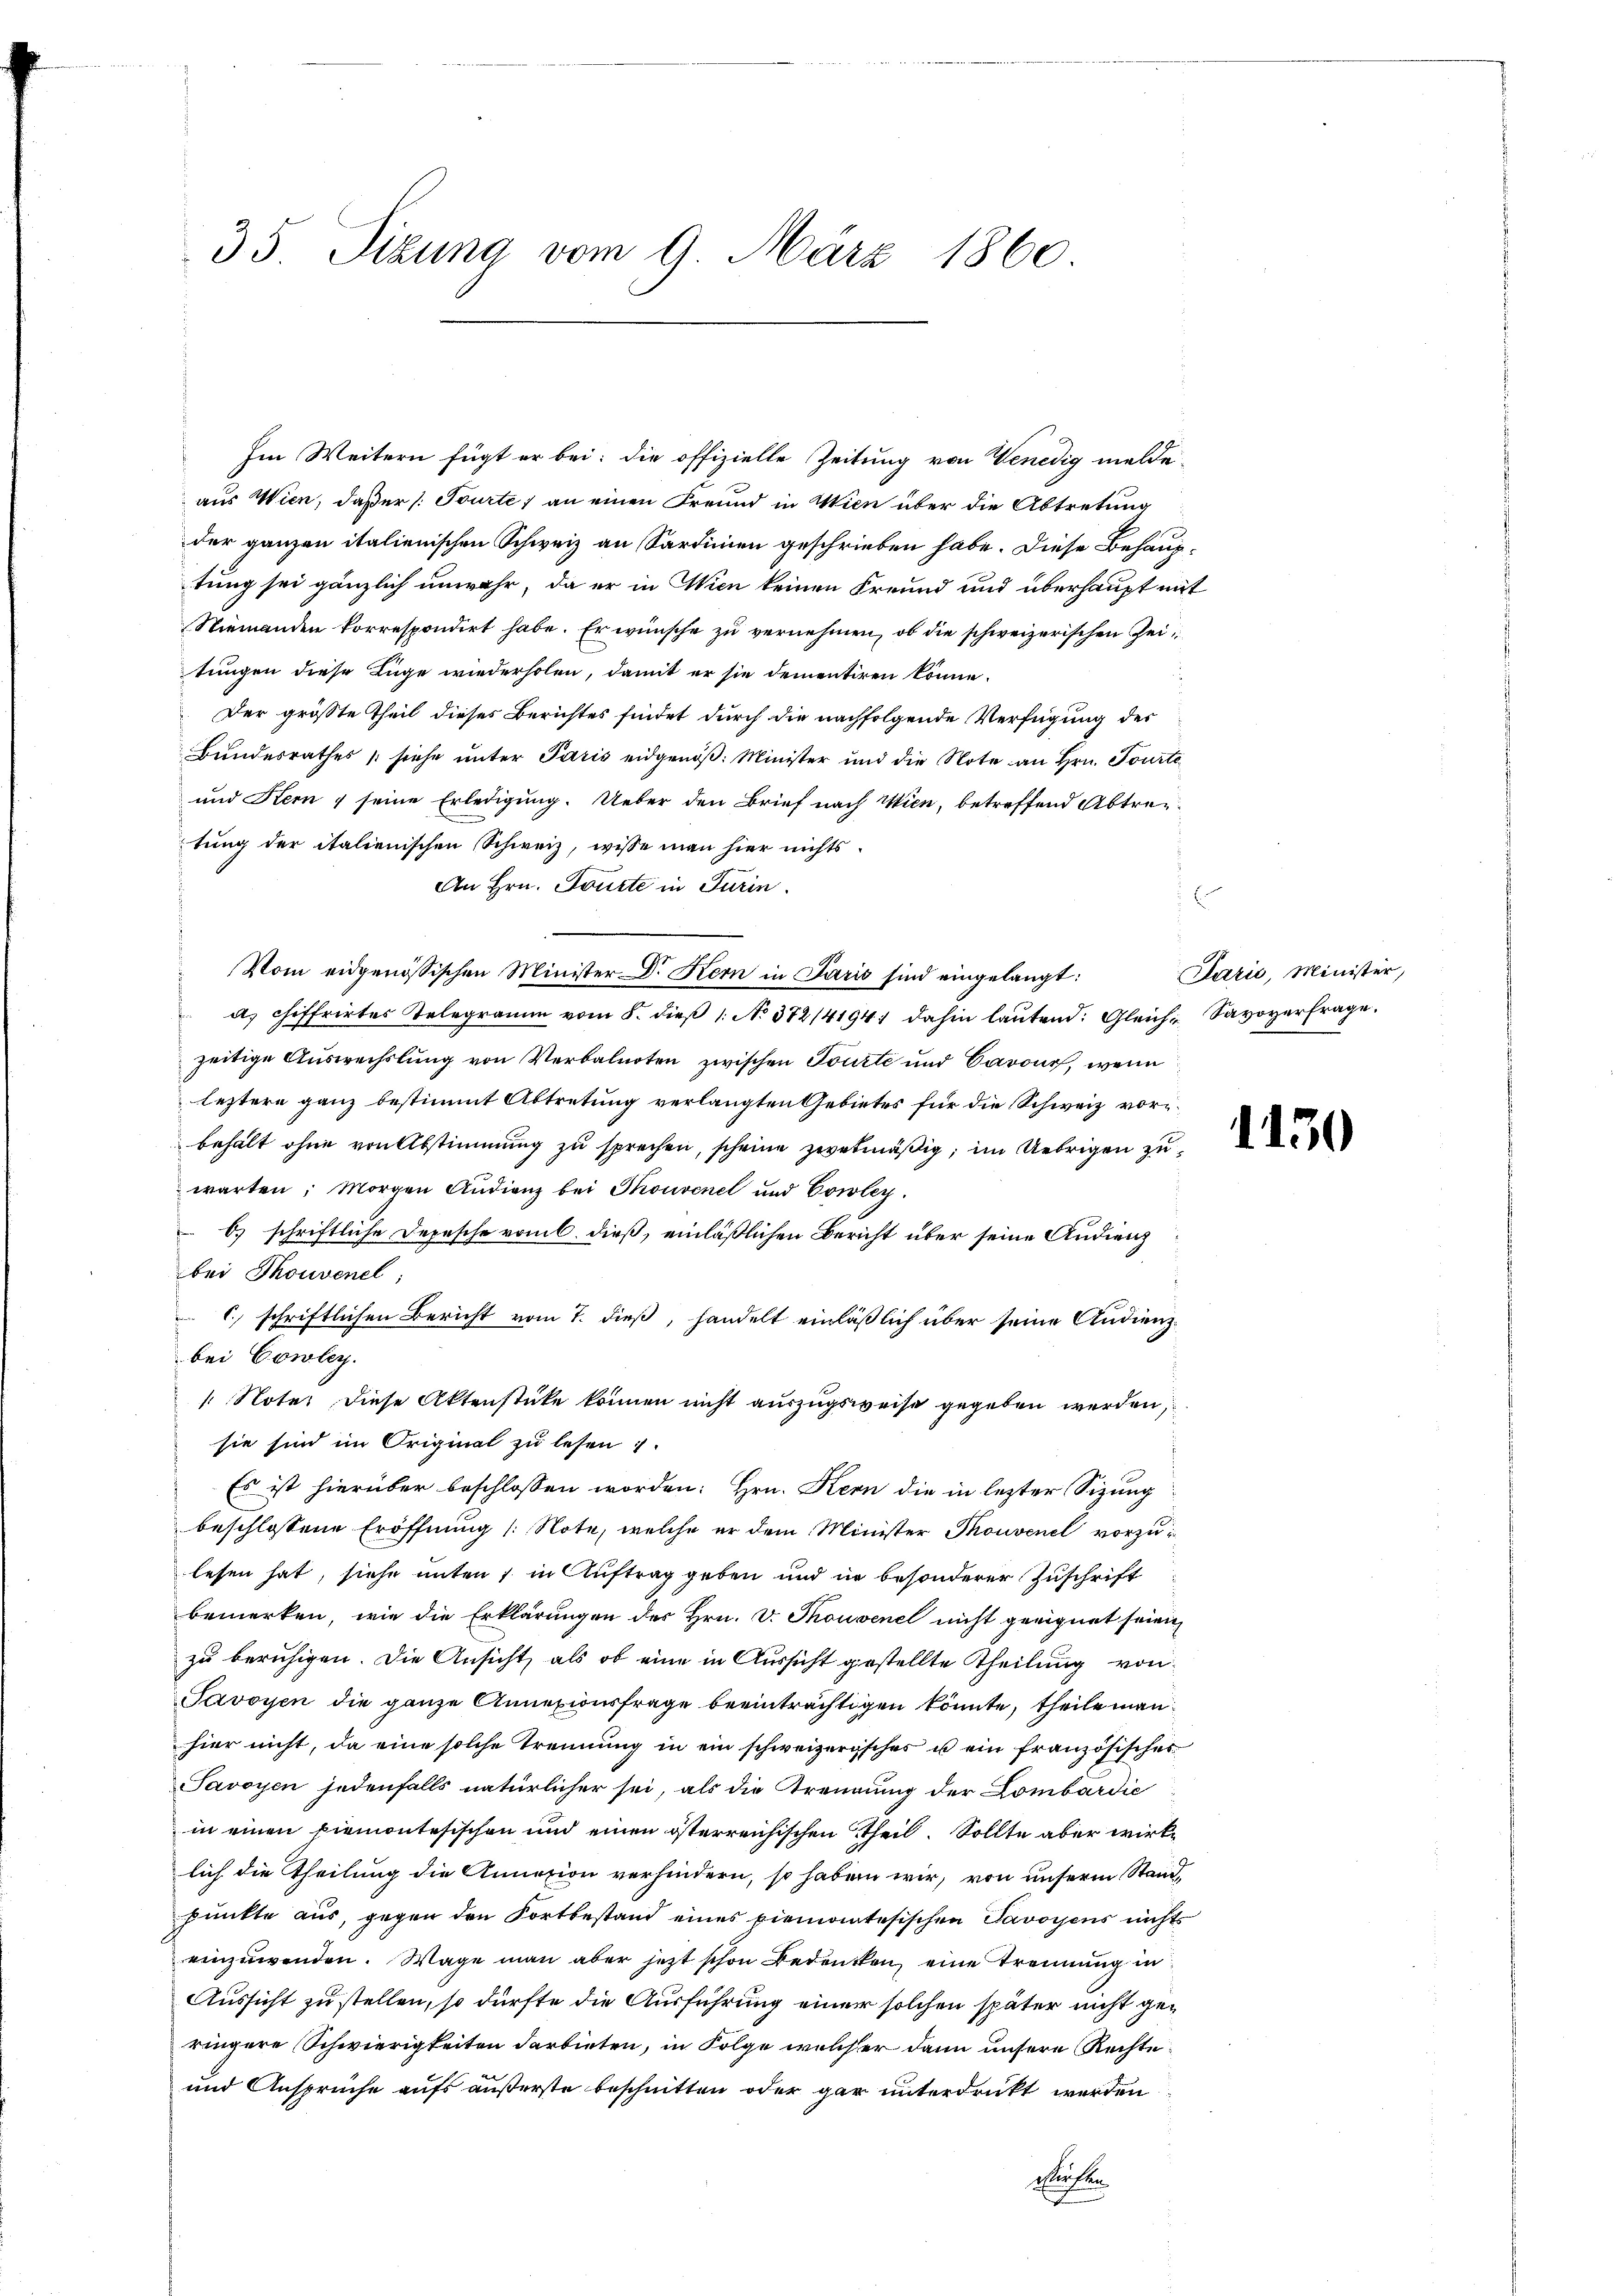
35 Sizung vom 9. März 1860

aus Wien, daß er /: Tourte) an einen Freund in Wien über die Abtretung
der ganzen italienischen Schweiz an Sardinien geschrieben habe. Diese Behauptung sei gänzlich unwahr, da er in Wien keinen Freund und überhaupt mit
Niemanden korrespondirt habe. Er wünsche zu vernehmen, ob die schweizerischen Zeitungen diese Lüge wiederholen, damit er sie dementiren könne.
Der größte Theil dieses Berichtes findet durch die nachfolgende Verfügung der
Bundesrathes (siehe unter Paris eidgenöß: Minister und die Note an Hrn. Tourte
und Stern 1 seine Erledigung. Ueber den Brief nach Wien, betreffend Abtrentung der italienischen Schweiz, wisse man hier nichts
An Hrn. Tourte in Turin.
Vom eidgenössischen Minister Dr. Hern in Paris sind eingelangt:
a chiffrirtes Telegramm vom 8. dieβ 1. No 372/4194; dahin laŭtend. Gleich Savoyerfrage.
zeitige Auswechslung von Verbalnoten zwischen Tourte und Cavour, wenn
leztere ganz bestimmt Abtretung verlangten Gebietes für die Schweiz vorbehalt ohne von Abstimmung zu sprechen, scheine zwekmäßig, im Uebrigen zuwarten: Morgen Audienz bei Thonvenel und Cowley.
b) schriftliche Depesche vom 6. dieß, einläßlichen Bericht über seine Andienz
bei Thouvenel;
C. schriftlichen Bericht vom 7. dieß, handelt einläßlich über seine Andienzbei Cowley.
Note diese Aktenstüke können nicht auszugsweise gegeben werden,
sie sind im Original zu lesen
Es ist hierüber beschlossen worden: Hrn. Kern die in lezter Sizung
beschlossene Eröffnung (: Note, welche er dem Minister Thouvenel vorzulesen hat, siehe unten 1 in Auftrag geben und in besonderer Zuschrift
bemerken, wie die Erklärungen des Hrn. v. Thouvenel nicht geeignet seien
zu beruhigen. Die Ansicht, als ob eine in Aussicht gestellte Theilung von
Javoyen die ganze Annexionsfrage beeinträchtigen könnte, theile manhier nicht, da eine solche Trennung in ein schweizerisches u ein französischer
Savoyen jedenfalls natürlicher sei, als die Trennung der Lombardie
in einen Piemontesischen und einen österreichischen Theil. Sollte aber wirklich die Theilung die Annazion verhindern, so haben wir, von unserm Stand
punkte aus, gegen den Fortbestand eines piemontesischen Savoyens nichts
einzuwenden. Wage man aber jetzt schon Bedenken, eine Trennung in
Aussicht zu stellen, so dürfte die Ausführung einer solchen später nicht geringere Schwierigkeiten darbieten, in Folge welcher dann unsere Rechte
und Ansprüche aufs äußerste beschnitten oder gar unterdruckt werden
ewesen

Im Weitern fügt er bei: die offizielle Zeitung von Venedig melde

E

Paris, Minister,

1130